Indian journal of veterinary science and animal husbandry - Volume 9,
Year: 1939
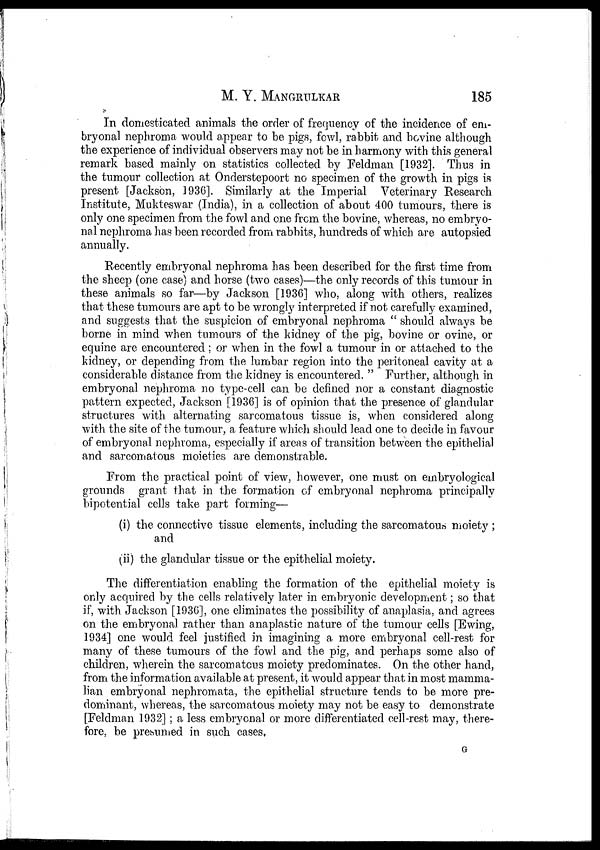
M. Y. MANGRULKAR 185
In domesticated animals the order of frequency of the incidence of em-
bryonal nephroma would appear to be pigs, fowl, rabbit and bovine although
the experience of individual observers may not be in harmony with this general
remark based mainly on statistics collected by Feldman [1932]. Thus in
the tumour collection at Onderstepoort no specimen of the growth in pigs is
present [Jackson, 1936]. Similarly at the Imperial Veterinary Research
Institute, Mukteswar (India), in a collection of about 400 tumours, there is
only one specimen from the fowl and one from the bovine, whereas, no embryo-
nal nephroma has been recorded from rabbits, hundreds of which are autopsied
annually.
Recently embryonal nephroma has been described for the first time from
the sheep (one case) and horse (two cases)—the only records of this tumour in
these animals so far—by Jackson [1936] who, along with others, realizes
that these tumours are apt to be wrongly interpreted if not carefully examined,
and suggests that the suspicion of embryonal nephroma " should always be
borne in mind when tumours of the kidney of the pig, bovine or ovine, or
equine are encountered; or when in the fowl a tumour in or attached to the
kidney, or depending from the lumbar region into the peritoneal cavity at a
considerable distance from the kidney is encountered. " Further, although in
embryonal nephroma no type-cell can be defined nor a constant diagnostic
pattern expected, Jackson [1936] is of opinion that the presence of glandular
structures with alternating sarcomatous tissue is, when considered along
with the site of the tumour, a feature which should lead one to decide in favour
of embryonal nephroma, especially if areas of transition between the epithelial
and sarcomatous moieties are demonstrable.
From the practical point of view, however, one must on embryological
grounds grant that in the formation of embryonal nephroma principally
bipotential cells take part forming—
(i) the connective tissue elements, including the sarcomatous moiety ;
and
(ii) the glandular tissue or the epithelial moiety.
The differentiation, enabling the formation of the epithelial moiety is
only acquired by the cells relatively later in embryonic development; so that
if, with. Jackson [1936], one eliminates the possibility of anaplasia, and agrees
on the embryonal rather than anaplastic nature of the tumour cells [Ewing,
1934] one would feel justified in imagining a more embryonal cell-rest for
many of these tumours of the fowl and the pig, and perhaps some also of
children, wherein the sarcomatous moiety predominates. On the other hand,
from the information available at present, it would appear that in most mamma-
lian embryonal nephromata, the epithelial structure tends to be more pre-
dominant, whereas, the sarcomatous moiety may not be easy to demonstrate
[Feldman 1932] ; a less embryonal or more differentiated cell-rest may, there-
fore, be presumed in such cases,
G